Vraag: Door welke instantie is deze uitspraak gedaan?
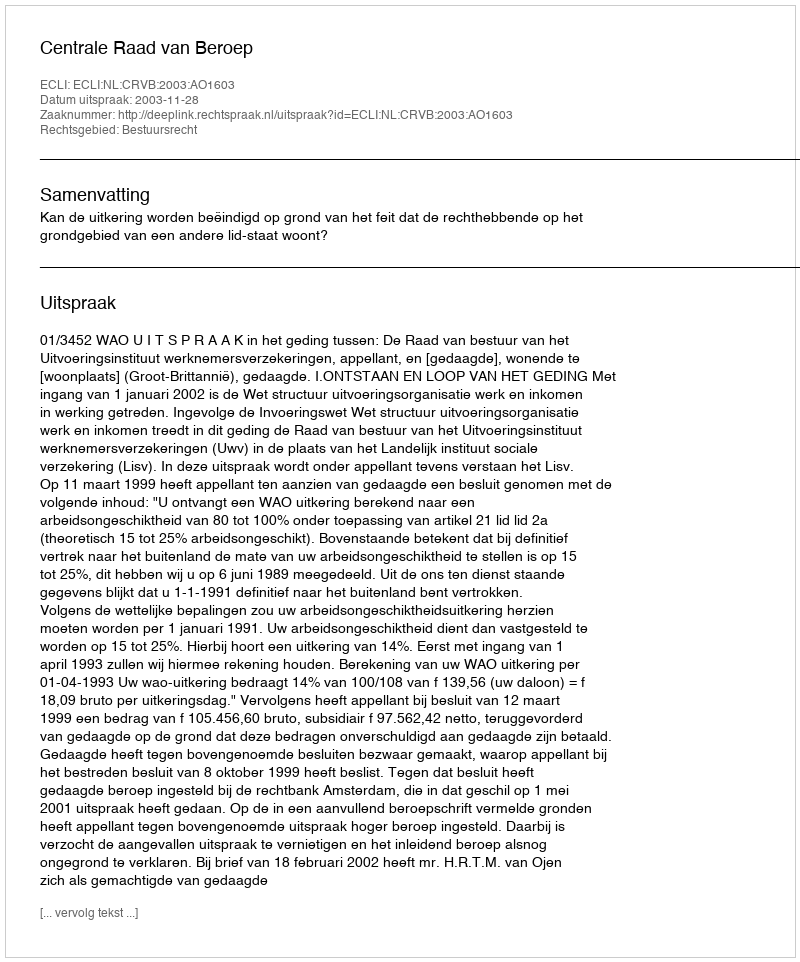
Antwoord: Centrale Raad van Beroep